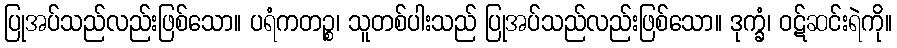
ပြုအပ်သည်လည်းဖြစ်သော။ ပရံကတဉ္စ၊ သူတစ်ပါးသည် ပြုအပ်သည်လည်းဖြစ်သော။ ဒုက္ခံ၊ ဝဋ်ဆင်းရဲကို။